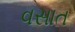
વસાત